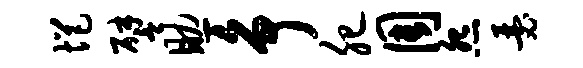
悒譬助争肥周怨瑟